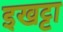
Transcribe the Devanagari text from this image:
इखट्टा